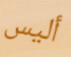
أليس